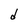
Character: d